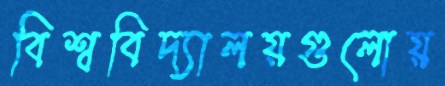
বিশ্ববিদ্যালয়গুলোয়